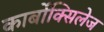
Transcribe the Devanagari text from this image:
कार्बोक्सिलेज